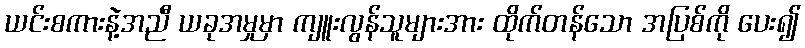
ယင်းစကားနဲ့အညီ ယခုအမှုမှာ ကျူးလွန်သူများအား ထိုက်တန်သော အပြစ်ကို ပေး၍